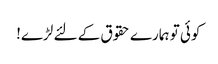
کوئی تو ہمارے حقوق کے لئے لڑے!